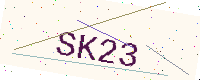
Text: SK23